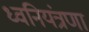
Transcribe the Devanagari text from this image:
ध्वनियंत्रणा